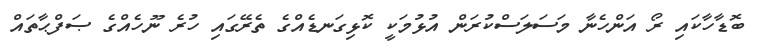
ބޮޑާހާކައި ރޯ އަންހެނާ މަސަލަސްކުރަން އުޅުމަކީ ކޮޅިގަނޑެއްގެ ތެރޭގައި ހުރެ ނޫހެއްގެ ޞަފްޙާތައް